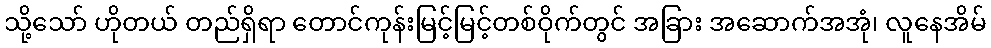
သို့သော် ဟိုတယ် တည်ရှိရာ တောင်ကုန်းမြင့်မြင့်တစ်ဝိုက်တွင် အခြား အဆောက်အအုံ၊ လူနေအိမ်